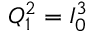
Q _ { 1 } ^ { 2 } = I _ { 0 } ^ { 3 }